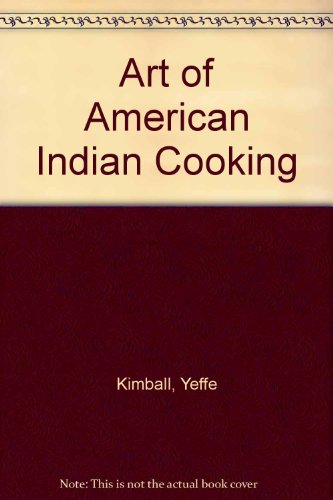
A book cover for The Art of American Indian Cooking; Yeffe Kimball; Cookbooks, Food & Wine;